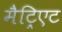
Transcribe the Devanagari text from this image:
मैट्रिएट